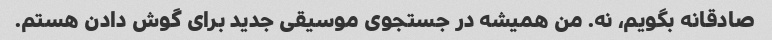
صادقانه بگویم، نه. من همیشه در جستجوی موسیقی جدید برای گوش دادن هستم.